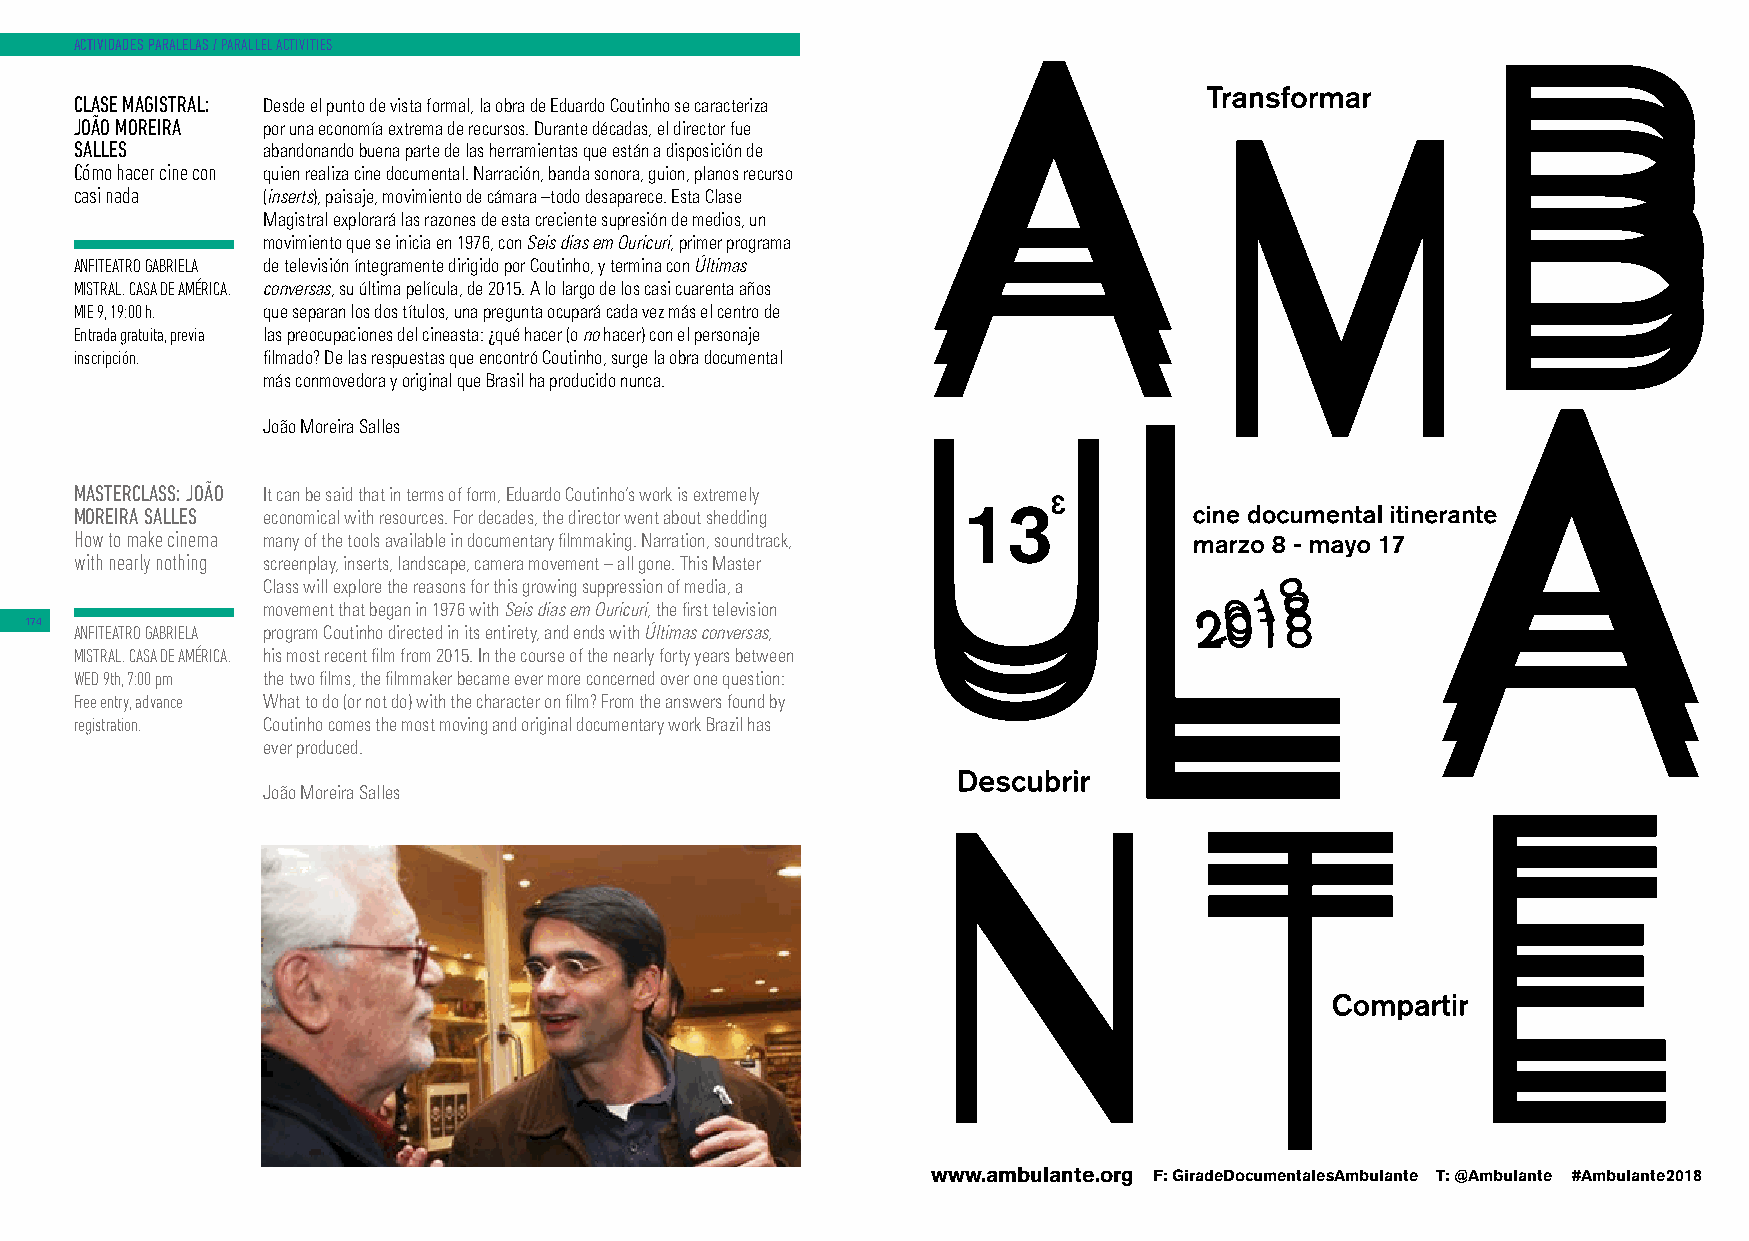
ACTIVIDADES PARALELAS / PARALLEL ACTIVITIES
 CLASE MAGISTRAL: Desde el punto de vista formal, la obra de Eduardo Coutinho se caracteriza
 JOÃO MOREIRA por una economía extrema de recursos. Durante décadas, el director fue
 SALLES      abandonando buena parte de las herramientas que están a disposición de
 Cómo hacer cine con quien realiza cine documental. Narración, banda sonora, guion, planos recurso
 casi nada   (inserts), paisaje, movimiento de cámara –todo desaparece. Esta Clase
 Magistral explorará las razones de esta creciente supresión de medios, un
 movimiento que se inicia en 1976, con Seis dias em Ouricuri, primer programa
 ANFITEATRO GABRIELA de televisión íntegramente dirigido por Coutinho, y termina con Últimas
 MISTRAL. CASA DE AMÉRICA. conversas, su última película, de 2015. A lo largo de los casi cuarenta años
 MIE 9, 19:00 h. que separan los dos títulos, una pregunta ocupará cada vez más el centro de
 Entrada gratuita, previa las preocupaciones del cineasta: ¿qué hacer (o no hacer) con el personaje
 inscripción. filmado? De las respuestas que encontró Coutinho, surge la obra documental
 más conmovedora y original que Brasil ha producido nunca.
 João Moreira Salles
 MASTERCLASS: JOÃO It can be said that in terms of form, Eduardo Coutinho’s work is extremely
 MOREIRA SALLES economical with resources. For decades, the director went about shedding
 How to make cinema many of the tools available in documentary filmmaking. Narration, soundtrack,
 with nearly nothing screenplay, inserts, landscape, camera movement – all gone. This Master
 Class will explore the reasons for this growing suppression of media, a
 movement that began in 1976 with Seis dias em Ouricuri, the first television
 174
 ANFITEATRO GABRIELA program Coutinho directed in its entirety, and ends with Últimas conversas,
 MISTRAL. CASA DE AMÉRICA. his most recent film from 2015. In the course of the nearly forty years between
 WED 9th, 7:00 pm the two films, the filmmaker became ever more concerned over one question:
 Free entry, advance What to do (or not do) with the character on film? From the answers found by
 registration. Coutinho comes the most moving and original documentary work Brazil has
 ever produced.
 João Moreira Salles
 www.ambulante.org F: GiradeDocumentalesAmbulante T: @Ambulante #Ambulante2018